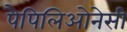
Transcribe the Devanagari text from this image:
पैपिलिओनेसी